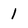
Character: 1